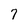
Character: 7